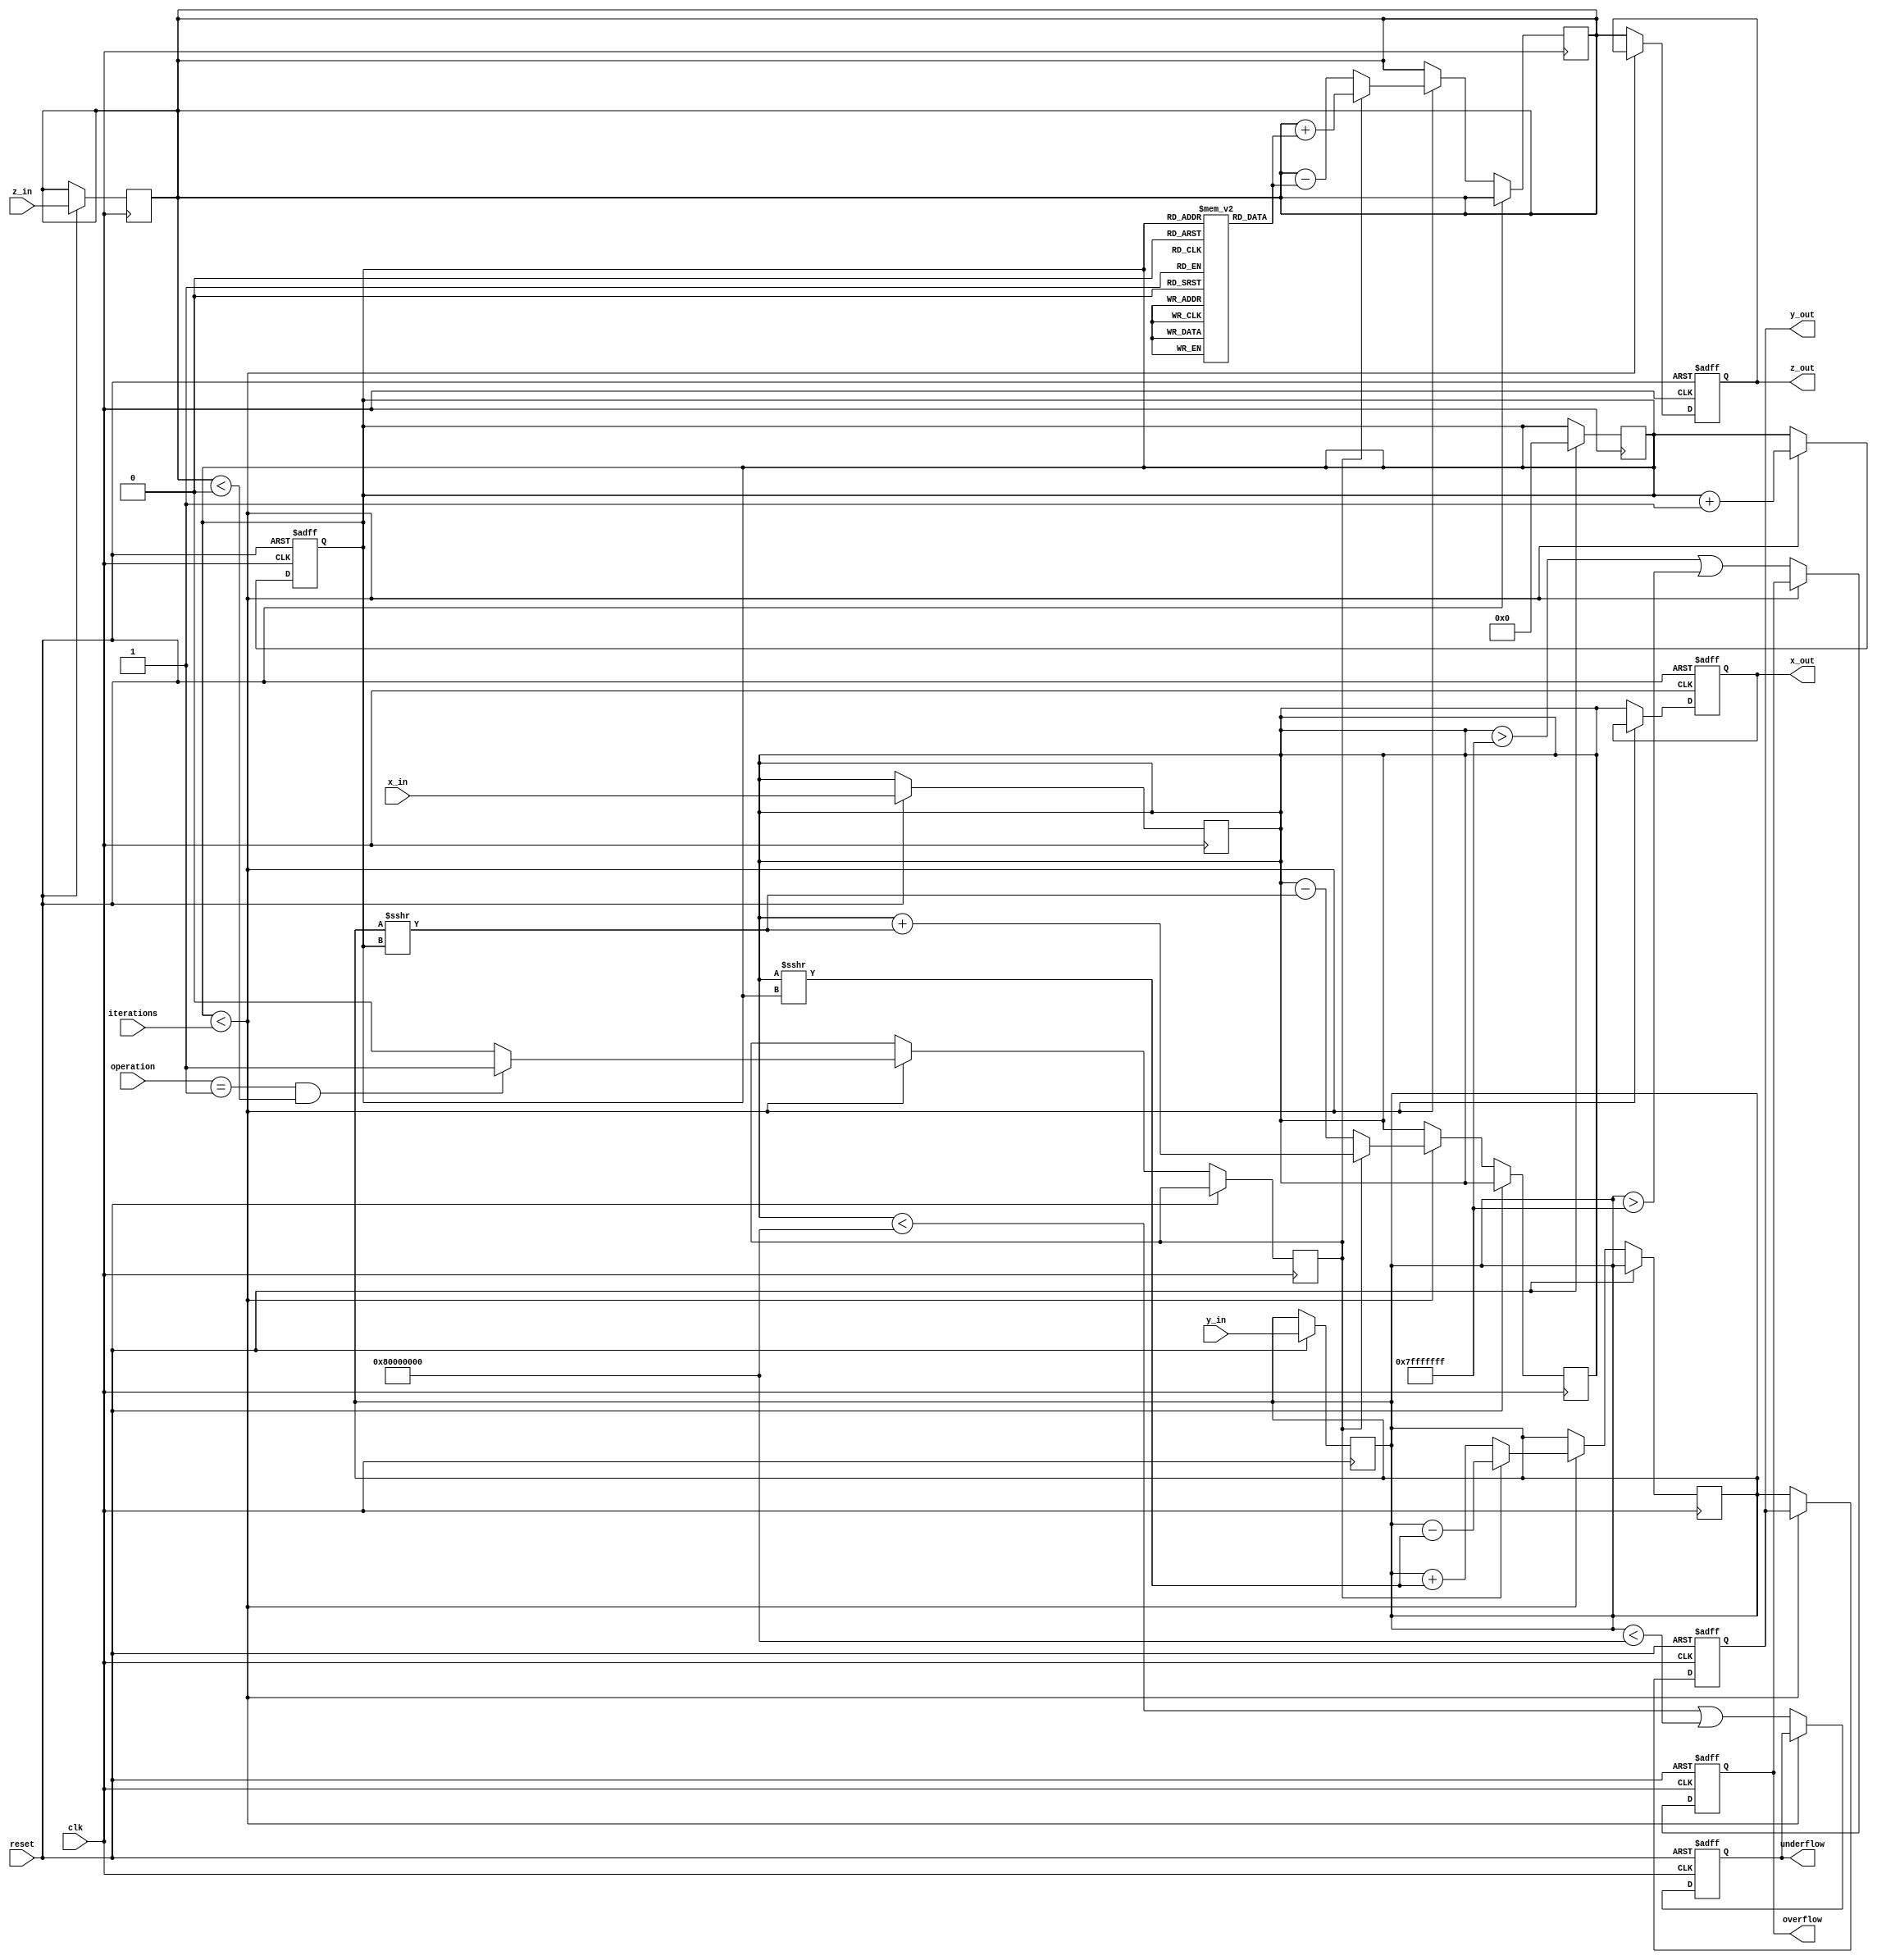
module cordic (
    input wire clk,
    input wire reset,
    input wire [31:0] x_in,
    input wire [31:0] y_in,
    input wire [31:0] z_in,
    input wire [1:0] operation, // 00: rotation, 01: vectoring
    input wire [3:0] iterations, // Number of iterations
    output reg [31:0] x_out,
    output reg [31:0] y_out,
    output reg [31:0] z_out,
    output reg overflow,
    output reg underflow
);

    // CORDIC constant angles (in fixed point)
    reg [31:0] angle_table [0:31]; // Example for 32 iterations
    initial begin
        angle_table[0] = 32'h00000000; // atan(1) = 0
        angle_table[1] = 32'h0000003F; // atan(0.5)
        // ... fill in other angles up to angle_table[31]
    end

    reg [31:0] x, y, z;
    reg [3:0] iter_count;
    reg direction; // 0 for clockwise, 1 for counter-clockwise

    // State machine for CORDIC iterations
    always @(posedge clk or posedge reset) begin
        if (reset) begin
            iter_count <= 0;
            overflow <= 0;
            underflow <= 0;
            x_out <= 0;
            y_out <= 0;
            z_out <= 0;
        end else begin
            if (iter_count < iterations) begin
                // Perform CORDIC iteration
                direction <= (operation == 1 && z < 0) ? 1 : 0; // Vectoring or rotation
                if (direction) begin // Counter-clockwise
                    x <= x + (y >>> iter_count);
                    y <= y - (x >>> iter_count);
                    z <= z + angle_table[iter_count];
                end else begin // Clockwise
                    x <= x - (y >>> iter_count);
                    y <= y + (x >>> iter_count);
                    z <= z - angle_table[iter_count];
                end
                iter_count <= iter_count + 1;
            end else begin
                // Output the results
                x_out <= x;
                y_out <= y;
                z_out <= z;
                // Check for overflow and underflow conditions
                overflow <= (x > 32'h7FFFFFFF || y > 32'h7FFFFFFF);
                underflow <= (x < 32'h80000000 || y < 32'h80000000);
            end
        end
    end

    // Input handling
    always @(posedge clk) begin
        if (reset) begin
            x <= x_in;
            y <= y_in;
            z <= z_in;
            iter_count <= 0;
        end
    end

endmodule